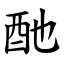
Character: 酏